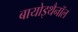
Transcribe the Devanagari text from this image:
बायोइथैनॉल